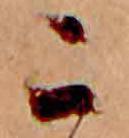
こ